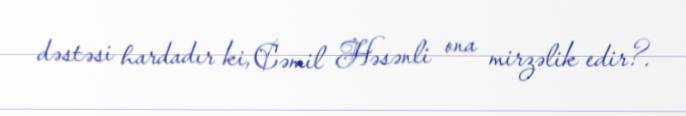
dəstəsi hardadır ki, Cəmil Həsənli ona mirzəlik edir?.